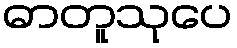
ဓာတူသုပေ